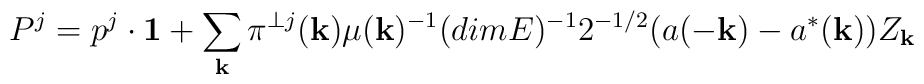
P^{j} = p^{j}\cdot {\bf 1} + \sum_{\bf k} \pi^{\perp j}({\bf k}) \mu({\bf k})^{-1} (dim E)^{-1}2^{-1/2} (a(-{\bf k}) - a^{*}({\bf k}))Z_{\bf k}